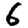
Digit: 6